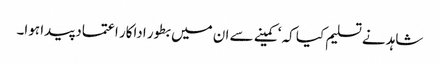
شاہد نے تسلیم کیا کہ ‘کمینے سے ان میں بطور اداکار اعتماد پیدا ہوا۔